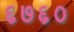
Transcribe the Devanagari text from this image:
६७६०